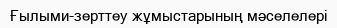
Ғылыми-зерттеу жұмыстарының мəселелері